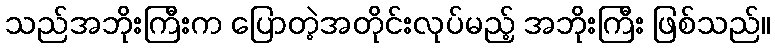
သည်အဘိုးကြီးက ပြောတဲ့အတိုင်းလုပ်မည့် အဘိုးကြီး ဖြစ်သည်။